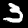
Label: 3